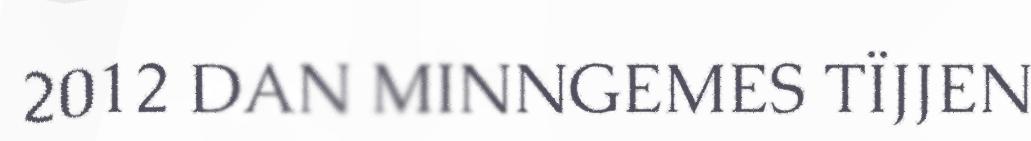
2012 DAN MINNGEMES TÏJJEN